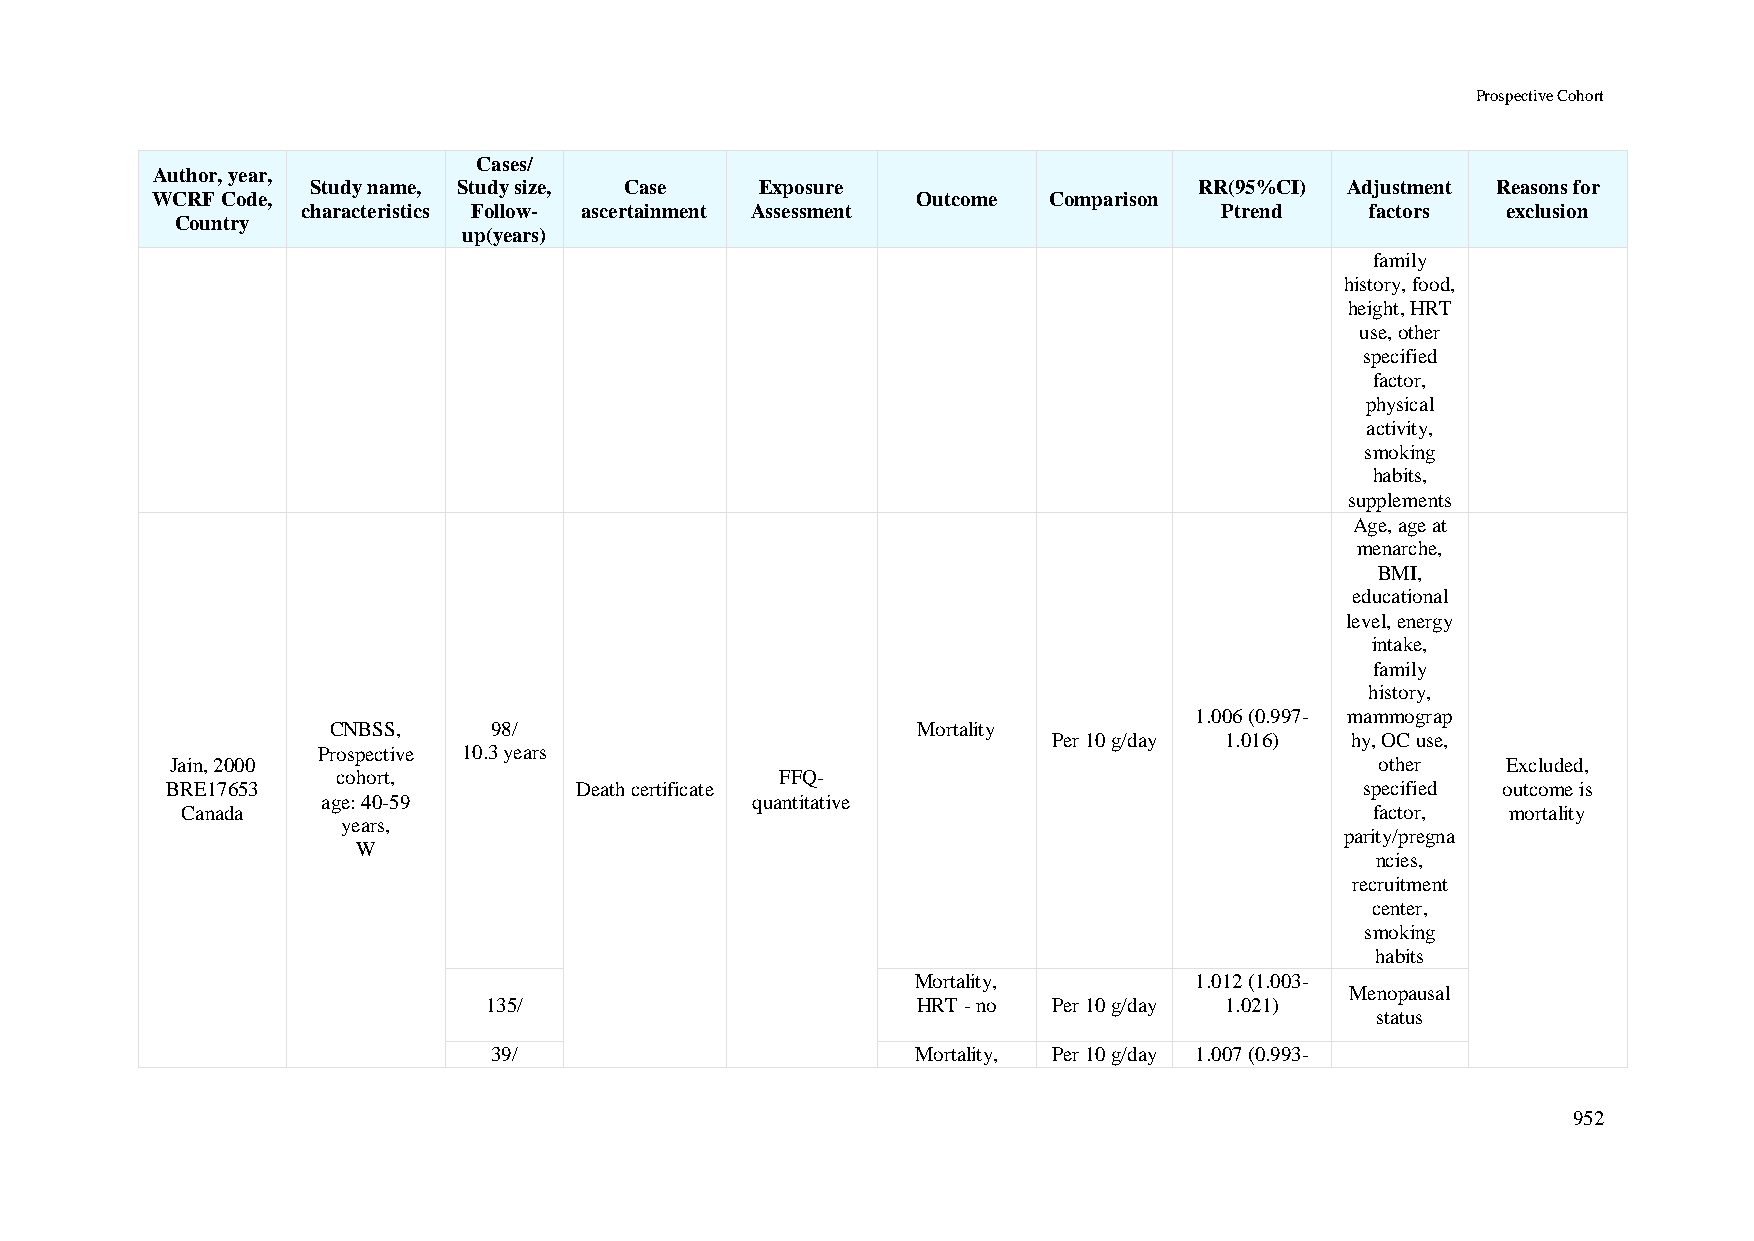
Prospective Cohort
 Cases/
 Author, year,
 Study name, Study size, Case Exposure                     RR(95%CI) Adjustment Reasons for
 WCRF Code,                                         Outcome Comparison
 characteristics Follow- ascertainment Assessment             Ptrend    factors  exclusion
 Country
 up(years)
 family
 history, food,
 height, HRT
 use, other
 specified
 factor,
 physical
 activity,
 smoking
 habits,
 supplements
 Age, age at
 menarche,
 BMI,
 educational
 level, energy
 intake,
 family
 history,
 1.006 (0.997- mammograp
 CNBSS,     98/                         Mortality
 Per 10 g/day 1.016) hy, OC use,
 Prospective 10.3 years
 Jain, 2000                                                                      other    Excluded,
 cohort,                       FFQ-
 BRE17653                   Death certificate                                   specified outcome is
 age: 40-59                   quantitative
 Canada                                                                         factor,  mortality
 years,
 parity/pregna
 W
 ncies,
 recruitment
 center,
 smoking
 habits
 Mortality,        1.012 (1.003-
 Menopausal
 135/                         HRT - no Per 10 g/day 1.021)
 status
 39/                         Mortality, Per 10 g/day 1.007 (0.993-
 952